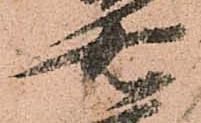
右